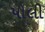
પોલી